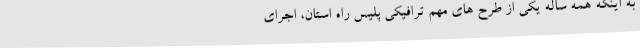
به اینکه همه ساله یکی از طرح های مهم ترافیکی پلیس راه استان، اجرای